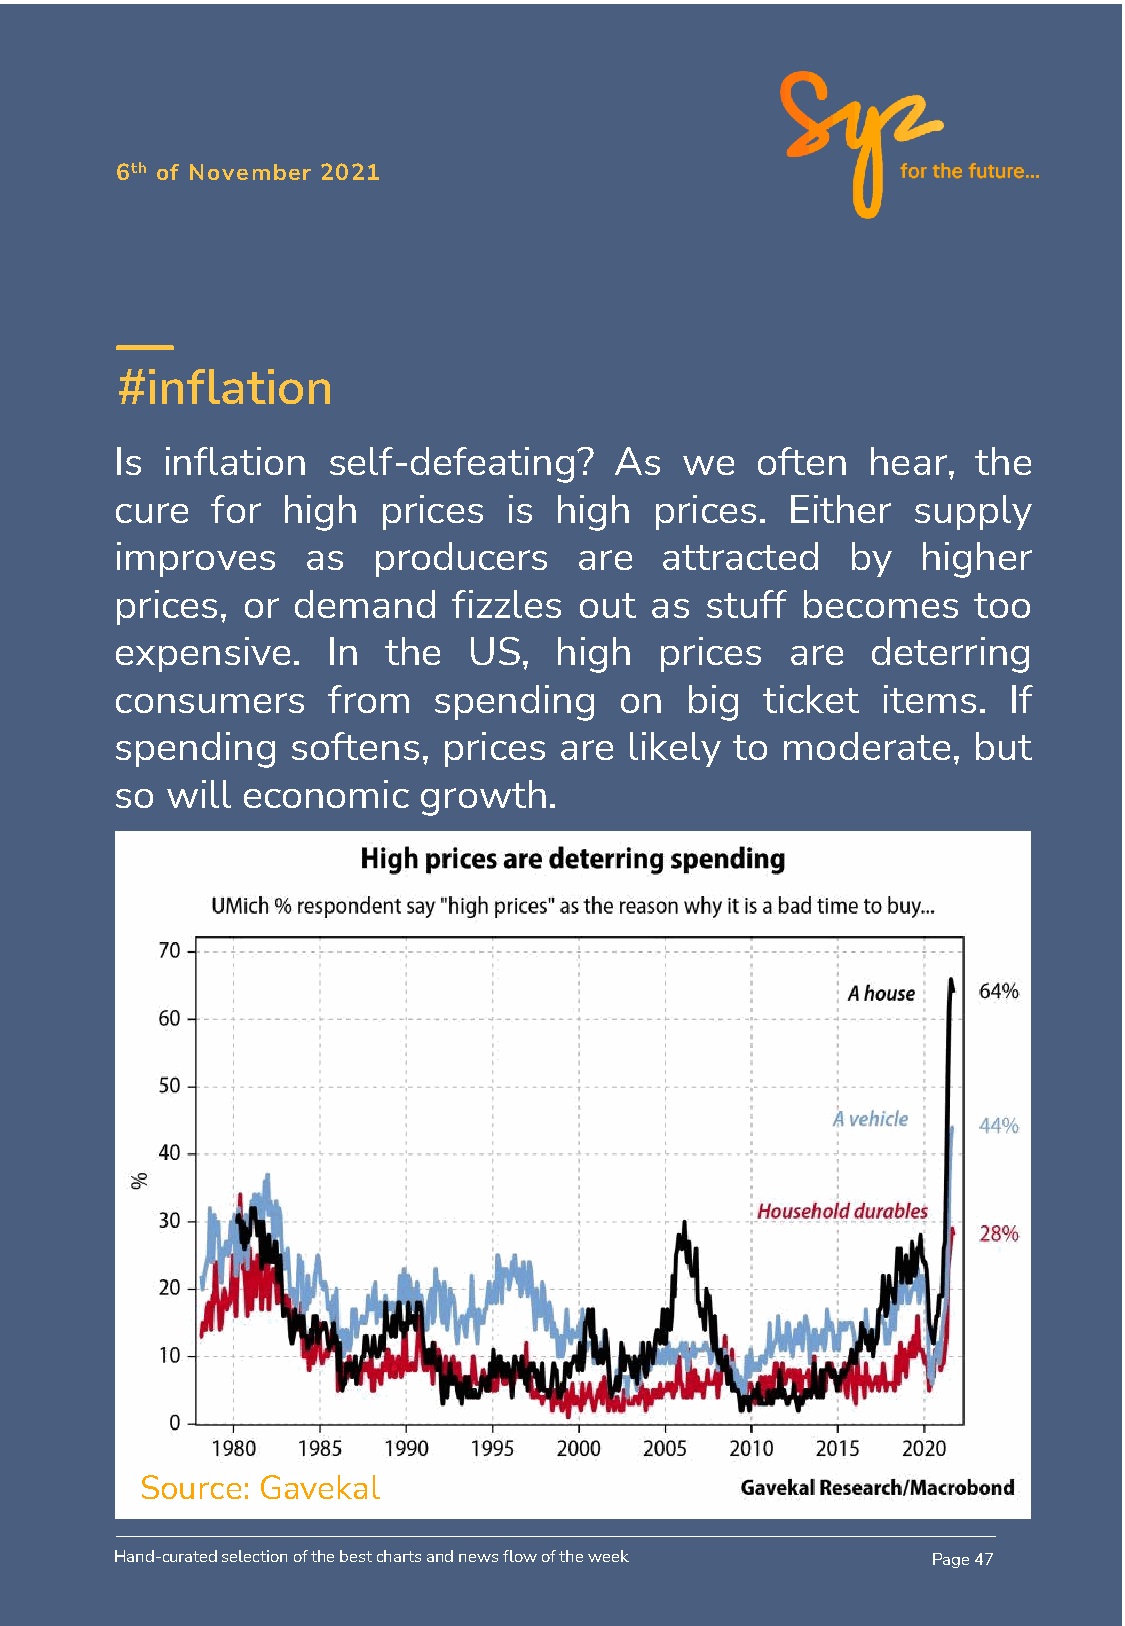
6th of November 2021
 #inflation
 Is inflation  self-defeating?    As  we   often  hear,   the
 cure  for  high  prices  is  high  prices.  Either  supply
 improves    as   producers    are   attracted   by   higher
 prices, or demand     fizzles out  as  stuff becomes     too
 expensive.    In the   US,   high   prices  are   deterring
 consumers     from   spending    on  big   ticket items.   If
 spending   softens,  prices  are  likely to moderate,   but
 so will economic    growth.
 Source: Gavekal
 Hand-curated selection of the best charts and news flow of the week Page 47